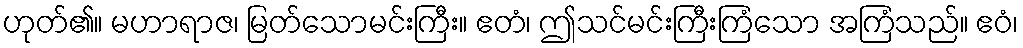
ဟုတ်၏။ မဟာရာဇ၊ မြတ်သောမင်းကြီး။ ဧတံ၊ ဤသင်မင်းကြီးကြံသော အကြံသည်။ ဧဝံ၊